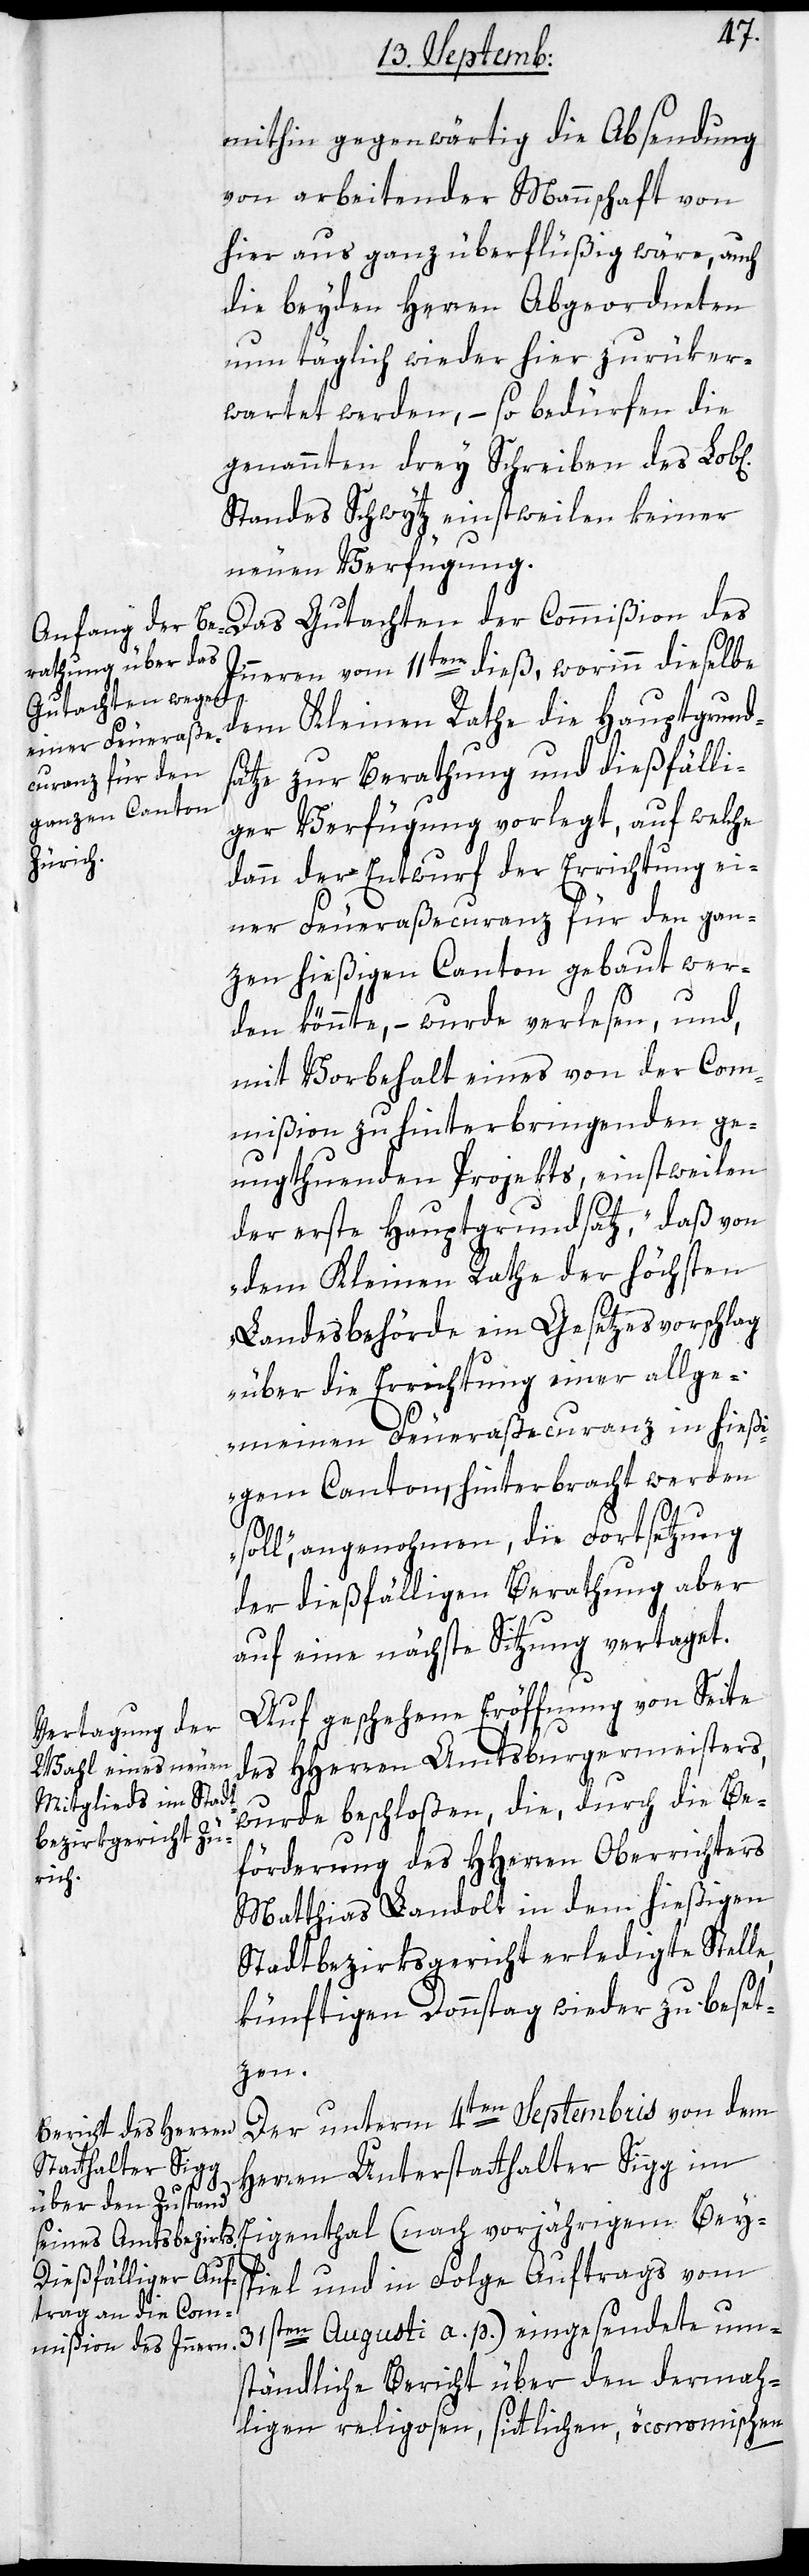
mithin gegenwärtig die Absendung
von arbeitender Mannschaft von
hier aus ganz überflüßig wäre, auch
die beyden Herren Abgeordneten
nun täglich wieder hier zurüker¬
wartet werden, – so bedürfen die
genannten drey Schreiben des Lob¬
Standes Schwytz einstweilen keiner
neuen Verfügung.
Innern vom 11ten dieß, worin dieselbe
Gutachten der
dem Kleinen Rathe die Hauptgrund¬
sätze zur Berathung und dießfälli¬
ger Verfügung vorlegt, auf welche
dann der Entwurf der Errichtung ei¬
ner Feueraßecuranz für den gan¬
zen hießigen Canton gebaut wer¬
den könnte, – wurde verlesen, und
mit Vorbehalt eines von der Com¬
mißion zu hinterbringenden ge¬
nugthuenden Projekts, einstweilen
der erste Hauptgrundsatz, „daß von
dem Kleinen Rathe der höchsten
Landesbehörde ein Gesetzesvorschlag
über die Errichtung einer allge¬
meinen Feueraßecuranz in hieß¬
igem Canton hinterbracht werden
soll“, angenohmen, die Fortsetzung
der dießfälligen Berathung aber
auf eine nächste Sitzung vertaget.
Auf geschehene Eröffnung von Seite
des HHerren Amtsburgermeisters
wurde beschloßen, die, durch die Be¬
förderung des HHerren Oberrichters
l[ich¬
Matthias Landolt in dem hießigen
Stadtbezirksgericht erledigte Stelle,
künftigen Donnstag wieder zu beset¬
zen.
Der unterm 4ten Septembris von dem
Herren Unterstatthalter Sigg im
Eigenthal (nach vorjährigem Beys¬
piel und in Folge Auftrags vom
31sten Augusti a. p.) eingesendete um¬
ständliche Bericht über den dermah¬
ligen religosen, sittlichen, öconomischen